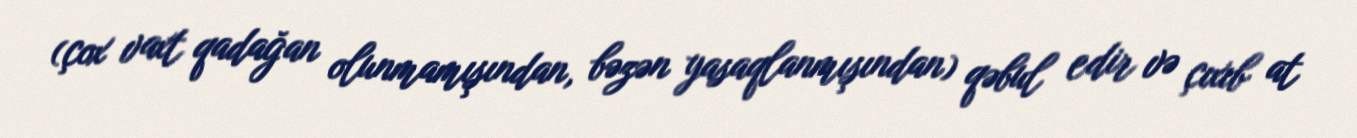
(çox vaxt qadağan olunmamışından, bəzən yasaqlanmışından) qəbul edir və çıxıb at